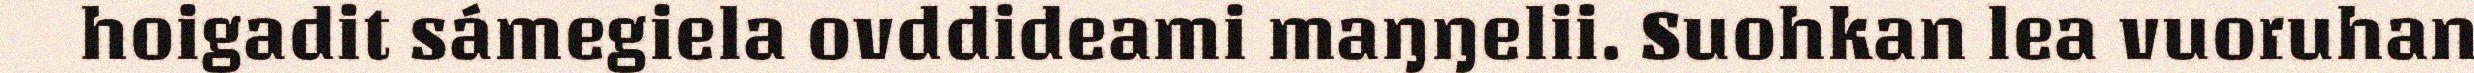
hoigadit sámegiela ovddideami maŋŋelii. Suohkan lea vuoruhan